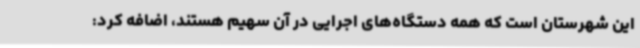
این شهرستان است که همه دستگاه‌های اجرایی در آن سهیم هستند، اضافه کرد: